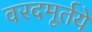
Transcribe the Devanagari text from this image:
वरदमूर्तये